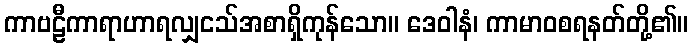
ကာဗဠီကာရာဟာရလျှငသ်အစာရှိကုန်သော။ ဒေဝါနံ၊ ကာမာဝစရနတ်တို့၏။